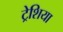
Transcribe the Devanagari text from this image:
ट्रेशिया